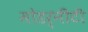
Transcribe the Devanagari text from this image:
मोडर्नीटी